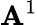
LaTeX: \mathbf{A}^{1}